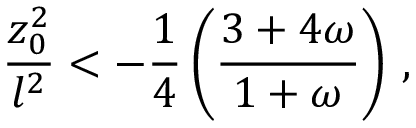
{ \frac { z _ { 0 } ^ { 2 } } { l ^ { 2 } } } < - { \frac { 1 } { 4 } } \left( { \frac { 3 + 4 \omega } { 1 + \omega } } \right) \, ,